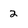
Character: 2